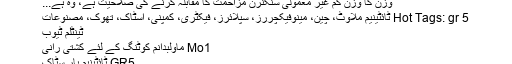
وزن کا وزن کم غیر معمولی سنکنرن مزاحمت کا مقابلہ کرنے کی صلاحیت ہے، وہ ہے...
Hot Tags: gr 5 ٹائٹینیم ملاوٹ، چین، مینوفیکچررز، سپلائرز، فیکٹری، کمپنی، اسٹاک، تھوک، مصنوعات
ٹینٹلم ٹیوب
Mo1 ماولبدانم کوٹنگ کے لئے کشتی رانی
GR5 ٹائٹینیم بار سٹاک